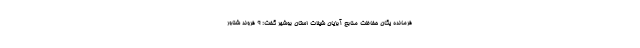
فرمانده یگان حفاظت منابع آبزیان شیلات استان بوشهر گفت: ۹ فروند شناور